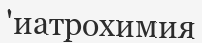
'иатрохимия